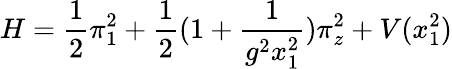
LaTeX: H=\frac{1}{2}\pi_{1}^{2}+\frac{1}{2}(1+\frac{1}{g^{2}x_{1}^{2}})\pi_{z}^{2}+V(x_{1}^{2})